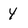
Character: Y